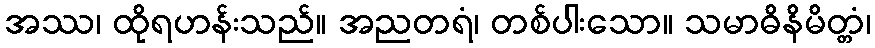
အဿ၊ ထိုရဟန်းသည်။ အညတရံ၊ တစ်ပါးသော။ သမာဓိနိမိတ္တံ၊